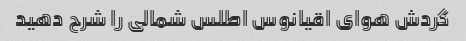
گردش هوای اقیانوس اطلس شمالی را شرح دهید